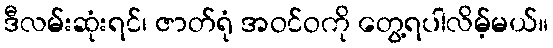
ဒီလမ်းဆုံးရင်၊ ဇာတ်ရုံ အဝင်ဝကို တွေ့ရပါလိမ့်မယ်။